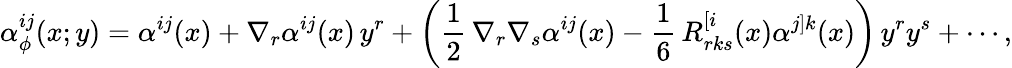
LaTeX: \alpha_{\phi}^{ij}(x;y)=\alpha^{ij}(x)+\nabla_{r}\alpha^{ij}(x)\, y^{r}+\left(\frac 12\, \nabla_{r}\nabla_{s}\alpha^{ij}(x)-\frac 16\, R_{rks}^{[i}(x)\alpha^{j]k}(x)\right)\, y^{r}y^{s}+\cdots,